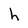
Character: h